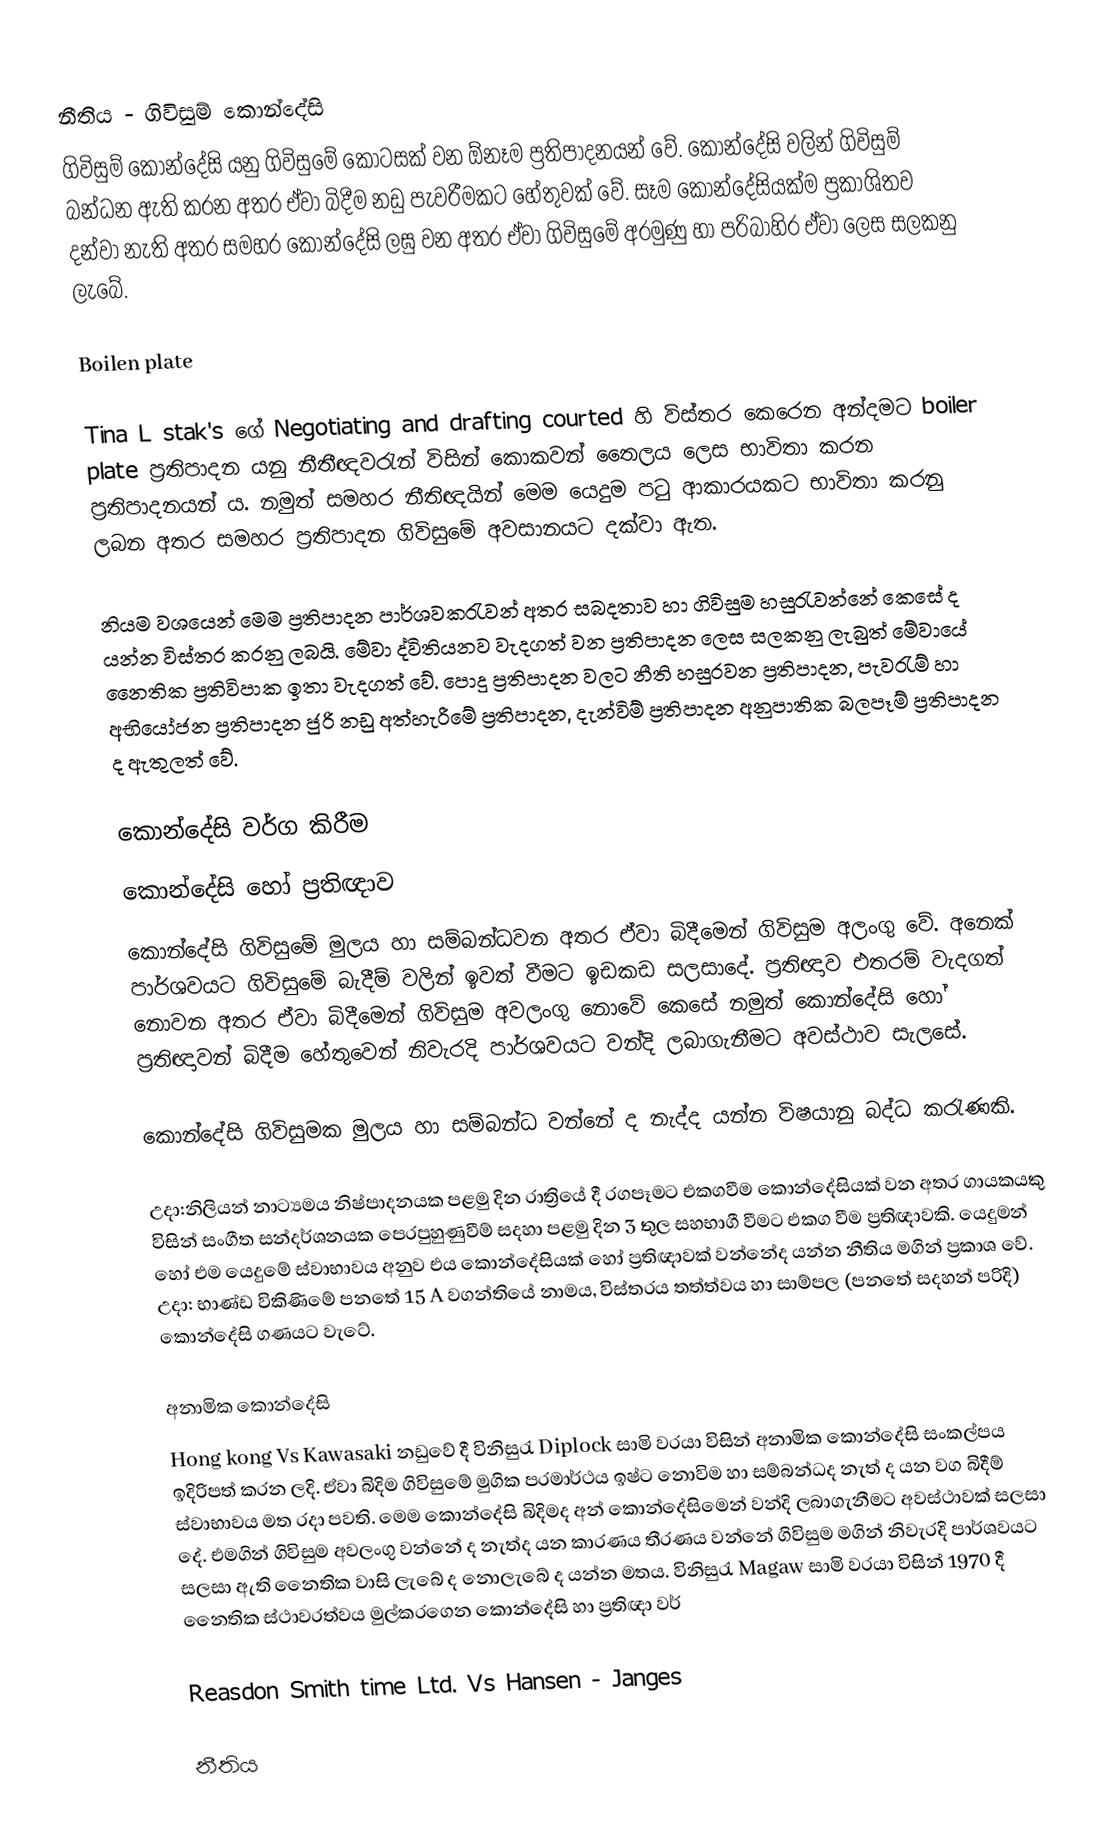
නීතිය - ගිවිසුම් කොන්දේසි
ගිවිසුම් කොන්දේසි යනු ගිවිසුමේ කොටසක් වන ඕනෑම ප්‍රතිපාදනයන් වේ. කොන්දේසි වලින් ගිවිසුම් බන්ධන ඇති කරන අතර ඒවා බිදීම නඩු පැවරීමකට හේතුවක් වේ. සෑම කොන්දේසියක්ම ප්‍රකාශිතව දන්වා නැති අතර සමහර කොන්දේසි  ලඝු වන අතර ඒවා ගිවිසුමේ අරමුණු හා පරිබාහිර ඒවා ලෙස සලකනු ලැබේ.

Boilen  plate

Tina L stak's ගේ  Negotiating and drafting courted හි විස්තර කෙරෙන අන්දමට  boiler plate ප්‍රතිපාදන යනු නීතීඥවරැන් විසින් කොකවන් තෛලය ලෙස භාවිතා කරන ප්‍රතිපාදනයන් ය. නමුත් සමහර නීතිඥයින් මෙම යෙදුම පටු ආකාරයකට භාවිතා කරනු ලබන  අතර සමහර ප්‍රතිපාදන ගිවිසුමේ අවසානයට දක්වා ඇත.

නියම වශයෙන් මෙම ප්‍රතිපාදන පාර්ශවකරැවන් අතර සබදතාව හා ගිවිසුම හසුරැවන්නේ කෙසේ ද යන්න විස්තර කරනු ලබයි. මේවා ද්විතියනව වැදගත් වන ප්‍රතිපාදන ලෙස සලකනු ලැබුත් මේවායේ නෛතික ප්‍රතිවිපාක ඉතා වැදගත්  වේ. පොදු ප්‍රතිපාදන වලට නීති හසුරවන ප්‍රතිපාදන, පැවරැම් හා අභියෝජන ප්‍රතිපාදන ජුරි නඩු අත්හැරීමේ ප්‍රතිපාදන, දැන්විම් ප්‍රතිපාදන අනුපාතික බලපෑම් ප්‍රතිපාදන ද ඇතුලත් වේ.

කොන්දේසි වර්ග කිරීම
කොන්දේසි හෝ ප්‍රතිඥාව
කොන්දේසි ගිවිසුමේ මුලය හා සම්බන්ධවන අතර ඒවා බිදීමෙන්  ගිවිසුම අලංගු වේ. අනෙක් පාර්ශවයට ගිවිසුමේ බැදීම් වලින් ඉවත් වීමට ඉඩකඩ සලසාදේ. ප්‍රතිඥාව එතරම් වැදගත් නොවන අතර ඒවා බිදීමෙන් ගිවිසුම අවලංගු  නොවේ කෙසේ  නමුත් කොන්දේසි ‍හෝ  ප්‍රතිඥාවන් බිදීම හේතුවෙන්  නිවැරදි පාර්ශවයට වන්දි ලබාගැනීමට අවස්ථාව සැලසේ.

කොන්දේසි ගිවිසුමක මුලය හා සම්බන්ධ වන්නේ ද නැද්ද යන්න විෂයානු බද්ධ කරැණකි.

උදා:නිලියන් නාට්‍යමය නිෂ්පාදනයක පළමු දින රාත්‍රියේ දී රගපෑමට එකගවීම කො‍න්දේසියක් වන අතර ගායකයකු විසින් සංගීත සන්දර්ශනයක පෙරපුහුණුවීම් සදහා පළමු දින 3 තුල සහභාගී වීමට එකග වීම ප්‍රතිඥාවකි. යෙදුමන් හෝ එම යෙදුමේ ස්වාභාවය අනුව එය කො‍න්දේසියක් ‍හෝ  ප්‍රතිඥාවක් වන්නේද යන්න නීතිය මගින් ප්‍රකාශ වේ. උදා: භාණ්ඩ  විකිණිමේ පනතේ 15 A වගන්තියේ නාමය, විස්තරය තත්ත්වය හා සාම්පල (පනතේ සදහන් පරිදි) කොන්දේසි ගණයට වැටේ.

අනාමික‍ කොන්දේසි
Hong kong Vs Kawasaki  නඩුවේ දී විනිසුරැ Diplock සාමි වරයා විසින් අනාමික කොන්දේසි සංකල්පය ඉදිරිපත් කරන ලදි. ඒවා බිදිම ගිවිසුමේ මුගික පරමාර්ථය ඉෂ්ට ‍නොවිම හා සම්බන්ධද නැත් ද යන වග බිදීම් ස්වාභාවය මත රදා පවති. මෙම කොන්දේසි බිදිමද අන් කොන්දේසිමෙන් වන්දි ලබාගැනීමට අවස්ථාවක් සලසා දේ. එමගින් ගිවිසුම අවලංගු  වන්නේ ද නැත්ද  යන කාරණය තීරණය වන්නේ ගිවිසුම මගින් නිවැරදි පාර්ශවයට සලසා ඇති නෛතික වාසි ලැබේ ද නොලැබේ ද යන්න මතය. විනිසුරැ  Magaw සාමි වරයා විසින් 1970 දී නෛතික ස්ථාවරත්වය මුල්කරගෙන  කොන්දේසි හා ප්‍රතිඥා වර්

Reasdon Smith time Ltd. Vs Hansen - Janges

නීතිය